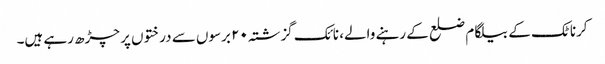
کرناٹک کے بیلگام ضلع کے رہنے والے، نائک گزشتہ ۲۰ برسوں سے درختوں پر چڑھ رہے ہیں۔